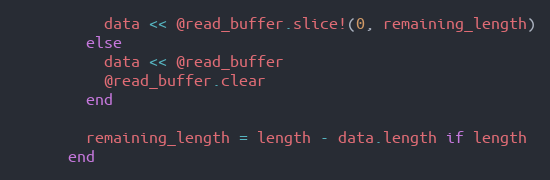
Language: Ruby
          data << @read_buffer.slice!(0, remaining_length)
        else
          data << @read_buffer
          @read_buffer.clear
        end

        remaining_length = length - data.length if length
      end